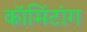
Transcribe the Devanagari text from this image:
कॉमिंटांग